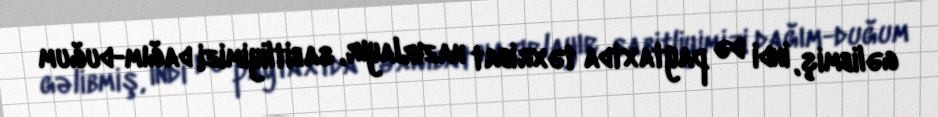
gəlibmiş, indi də paytaxtda təxribat hazırlayır, sabitliyimizi dağım-duğum